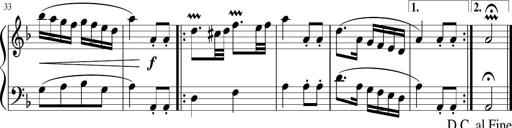
Title: 12 Keyboard Sonatinas
Composer: James Hook